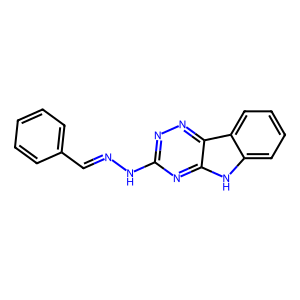
SMILES: C(=NNc1nnc2c(n1)[nH]c1ccccc12)c1ccccc1
Inhibits HIV replication: No